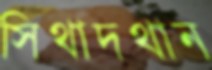
সিথাদথান